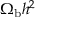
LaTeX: \Omega _ { \mathrm { b } } h ^ { 2 }